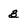
Character: 3